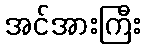
အင်အားကြီး